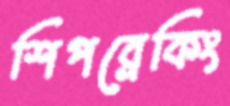
শিপব্রেকিং